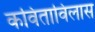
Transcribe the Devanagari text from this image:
कविताविलास